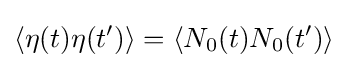
\langle \eta (t)\eta (t')\rangle =\langle N_{0}(t)N_{0}(t')\rangle